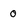
Character: 0